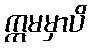
ဣမမှာပိ